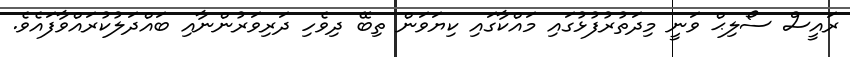
ރައީސް ސޯލިޙް ވަނީ މިދަތުރުފުޅުގައި މައްކާގައި ކިޔަވަން ތިބޭ ދިވެހި ދަރިވަރުންނާއި ބައްދަލުކުރައްވާފައެވެ.